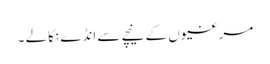
مرغیوں کے نیچے سے انڈے نکالے ۔